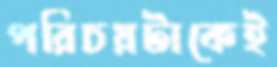
পরিচয়টাকেই